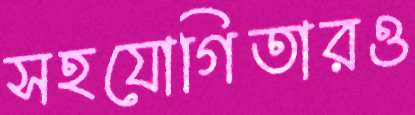
সহযোগিতারও